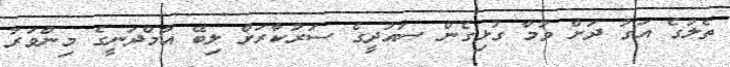
ތެލުގެ އަގު ދަށް ވުމާ ގުޅިގެން ސައުދީގެ ސަރުކާރަށް ލިބޭ އާމްދަނީގެ މިންވަރު